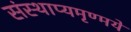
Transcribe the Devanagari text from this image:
संस्थाप्यमृण्मये